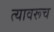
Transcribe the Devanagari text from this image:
त्यावरूच